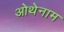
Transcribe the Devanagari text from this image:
ओथेनाम